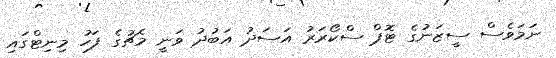
ނަމަވެސް ސީޒަނުގެ ޓޮޕް ސްކޯރަރު އަސަދު އަބުދު ވަނީ މެޗުގެ ފަހު މިނިޓްގައި